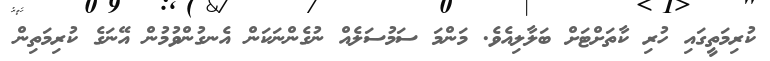
ކުރިމަތީގައި ހުރި ކާތަށްޓަށް ބަލާލިއެވެ. މަންމަ ސަމުސަލެއް ނުގެންނަކަން އެނގުންވުމުން އޭނަގެ ކުރިމަތިން